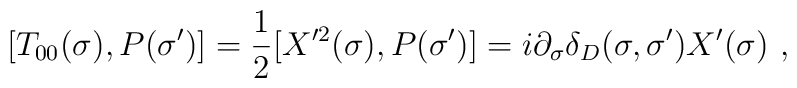
[T_{00}(\sigma),P(\sigma')]=\frac{1}{2}[X'^2(\sigma),P(\sigma')]=i\partial_{\sigma}\delta_D (\sigma,\sigma')X'(\sigma) \ ,